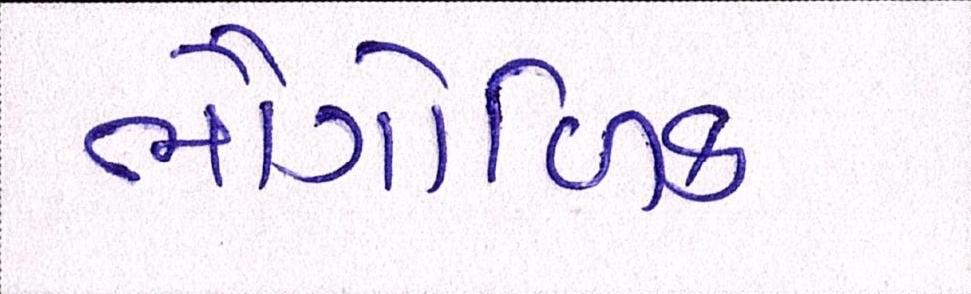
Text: ભૌગોળિક